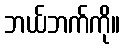
ဘယ်ဘက်ကို။